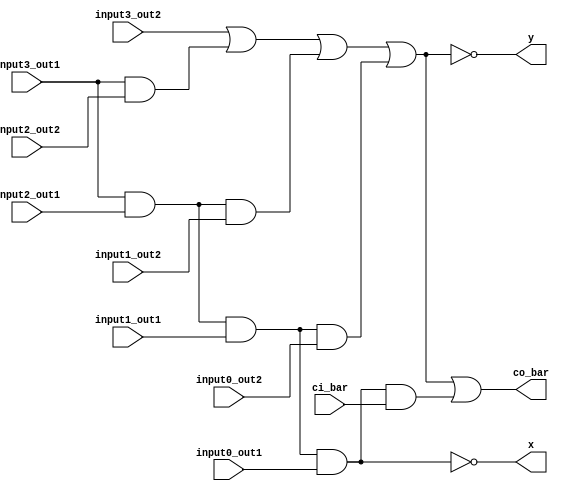
module g_p_carry_section (
    input   input3_out1,
    input   input3_out2,
    input   input2_out1,
    input   input2_out2,
    input   input1_out1,
    input   input1_out2,
    input   input0_out1,
    input   input0_out2,
    input   ci_bar,
    output  co_bar,
    output  x,
    output  y);

assign y = ~((input3_out2) | (input3_out1 & input2_out2) | (input3_out1 & input2_out1 & input1_out2) | (input3_out1 & input2_out1 & input1_out1 & input0_out2));

assign co_bar = (~y | (input3_out1 & input2_out1 & input1_out1 & input0_out1 & ci_bar));

assign x = ~(input3_out1 & input2_out1 & input1_out1 & input0_out1);

endmodule